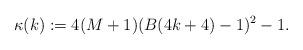
LaTeX: \begin{align*}\kappa(k):=4(M+1)(B(4k+4)-1)^2-1.\end{align*}